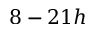
8 - 2 1 h